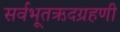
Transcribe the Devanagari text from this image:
सर्वभूतऋदग्रहणी